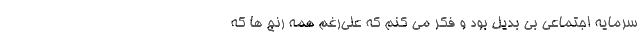
سرمایه اجتماعی بی بدیل بود و فکر می کنم که علی‌رغم همه رنج ها که